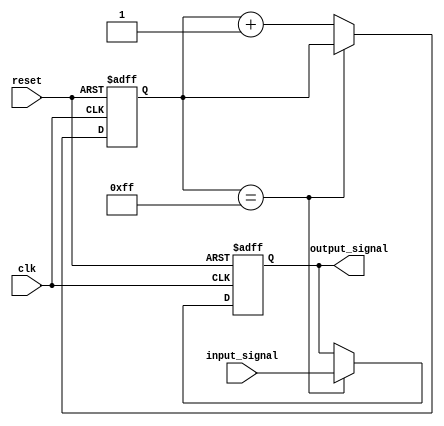
module Buffer_Delay (
    input wire clk,          // input clock signal
    input wire reset,        // input reset signal
    input wire input_signal, // input signal to be delayed
    output reg output_signal // output delayed signal
);

reg [7:0] counter; // counter to track delay stages

always @(posedge clk or posedge reset) begin
    if (reset) begin
        counter <= 8'b0; // reset counter
        output_signal <= 1'b0; // default output signal
    end else begin
        if (counter == 8'd255) begin
            output_signal <= input_signal; // apply delayed signal
        end else begin
            counter <= counter + 1; // increment counter
        end
    end
end

endmodule